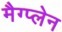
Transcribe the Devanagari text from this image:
मैग्प्लेन